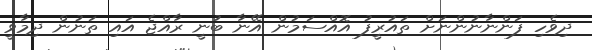
ދިވެހި ފަންނާނުންނަށް ތައުރީފު އޮއްސަމުން އޭނާ ބުނީ ރާއްޖެ އައި ތަނުން ދިމާވީ